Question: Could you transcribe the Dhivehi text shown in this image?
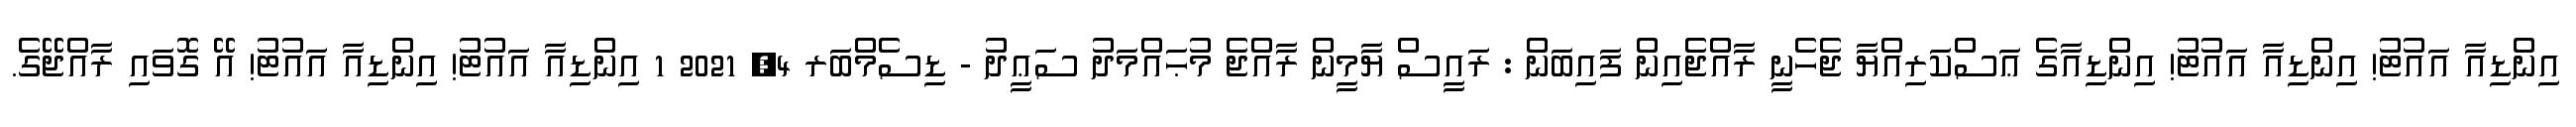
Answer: އިންޑިއާ އައުޓު! އިންޑިއާ އައުޓު! އިންޑިއާގެ ޢަސްކަރިއްޔާ ޖެހެނީ ރާއްޖެއިން ފައިބަން : ރައީސް ޔާމީން ރާއްޖެ މުޙައްމަދު ސަޢީދު - ޑިސެމްބަރ 4, 2021 1 އިންޑިއާ އައުޓު! އިންޑިއާ އައުޓު! އޭ ގޮވައި ރާއްޖޭގެ.